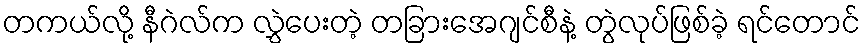
တကယ်လို့ နီဂဲလ်က လွှဲပေးတဲ့ တခြားအေဂျင်စီနဲ့ တွဲလုပ်ဖြစ်ခဲ့ ရင်တောင်